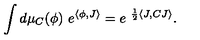
\int d \mu _ { C } ( \phi ) \ e ^ { \langle \phi , J \rangle } = e ^ { \ \frac { 1 } { 2 } \langle J , C J \rangle } .